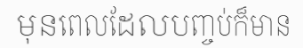
មុនពេលដែលបញ្ចប់ក៏មាន